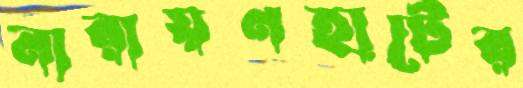
নারায়ণহাটের